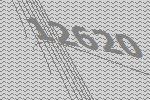
12620